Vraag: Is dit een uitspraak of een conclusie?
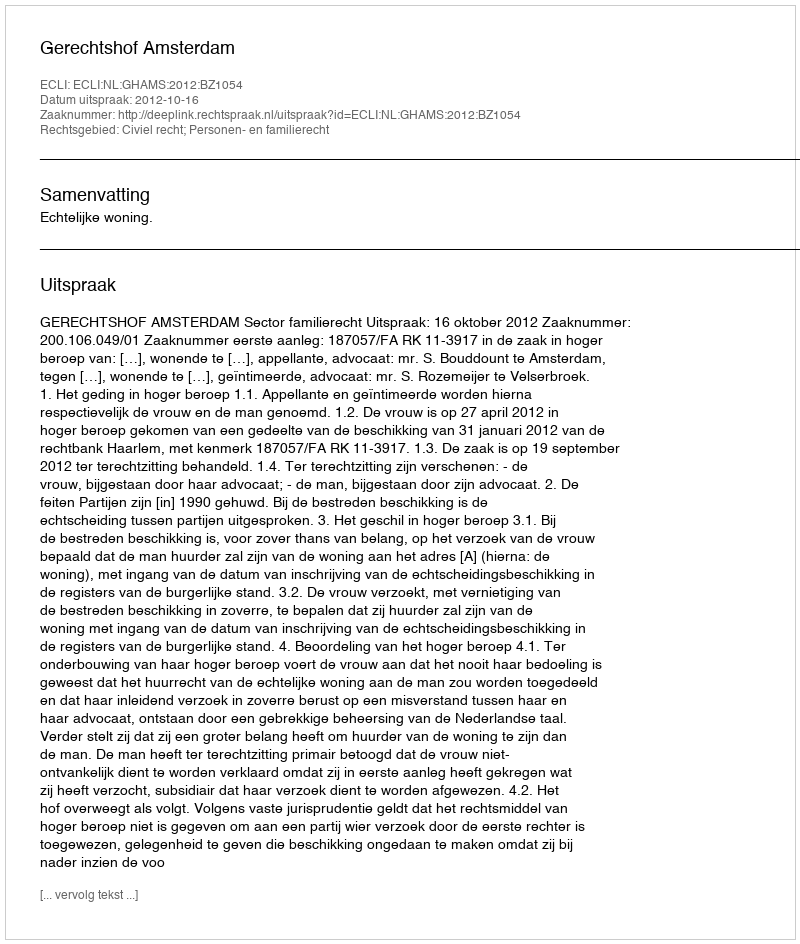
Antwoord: Uitspraak